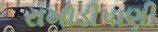
રાખોડીપાણી